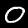
Digit: 0